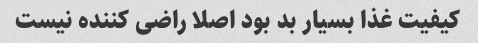
کیفیت غذا بسیار بد بود اصلا راضی کننده نیست